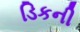
ડિકની